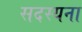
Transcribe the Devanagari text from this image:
सदस्यना